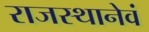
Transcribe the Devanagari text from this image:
राजस्थानेवं